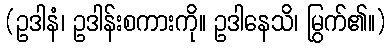
(ဥဒါနံ၊ ဥဒါန်းစကားကို။ ဥဒါနေသိ၊ မြွက်၏။)